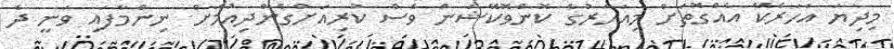
މިދިޔަ އަހަރެކޭ އެއްގޮތަށް މިއަހަރުގެ ކޮންވޮކޭޝަން ވެސް ކުރިއަށްގެންދިއުމަށް ނިންމާފައި ވަނީ ދެ